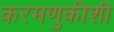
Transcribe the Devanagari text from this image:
करमणुकीशी